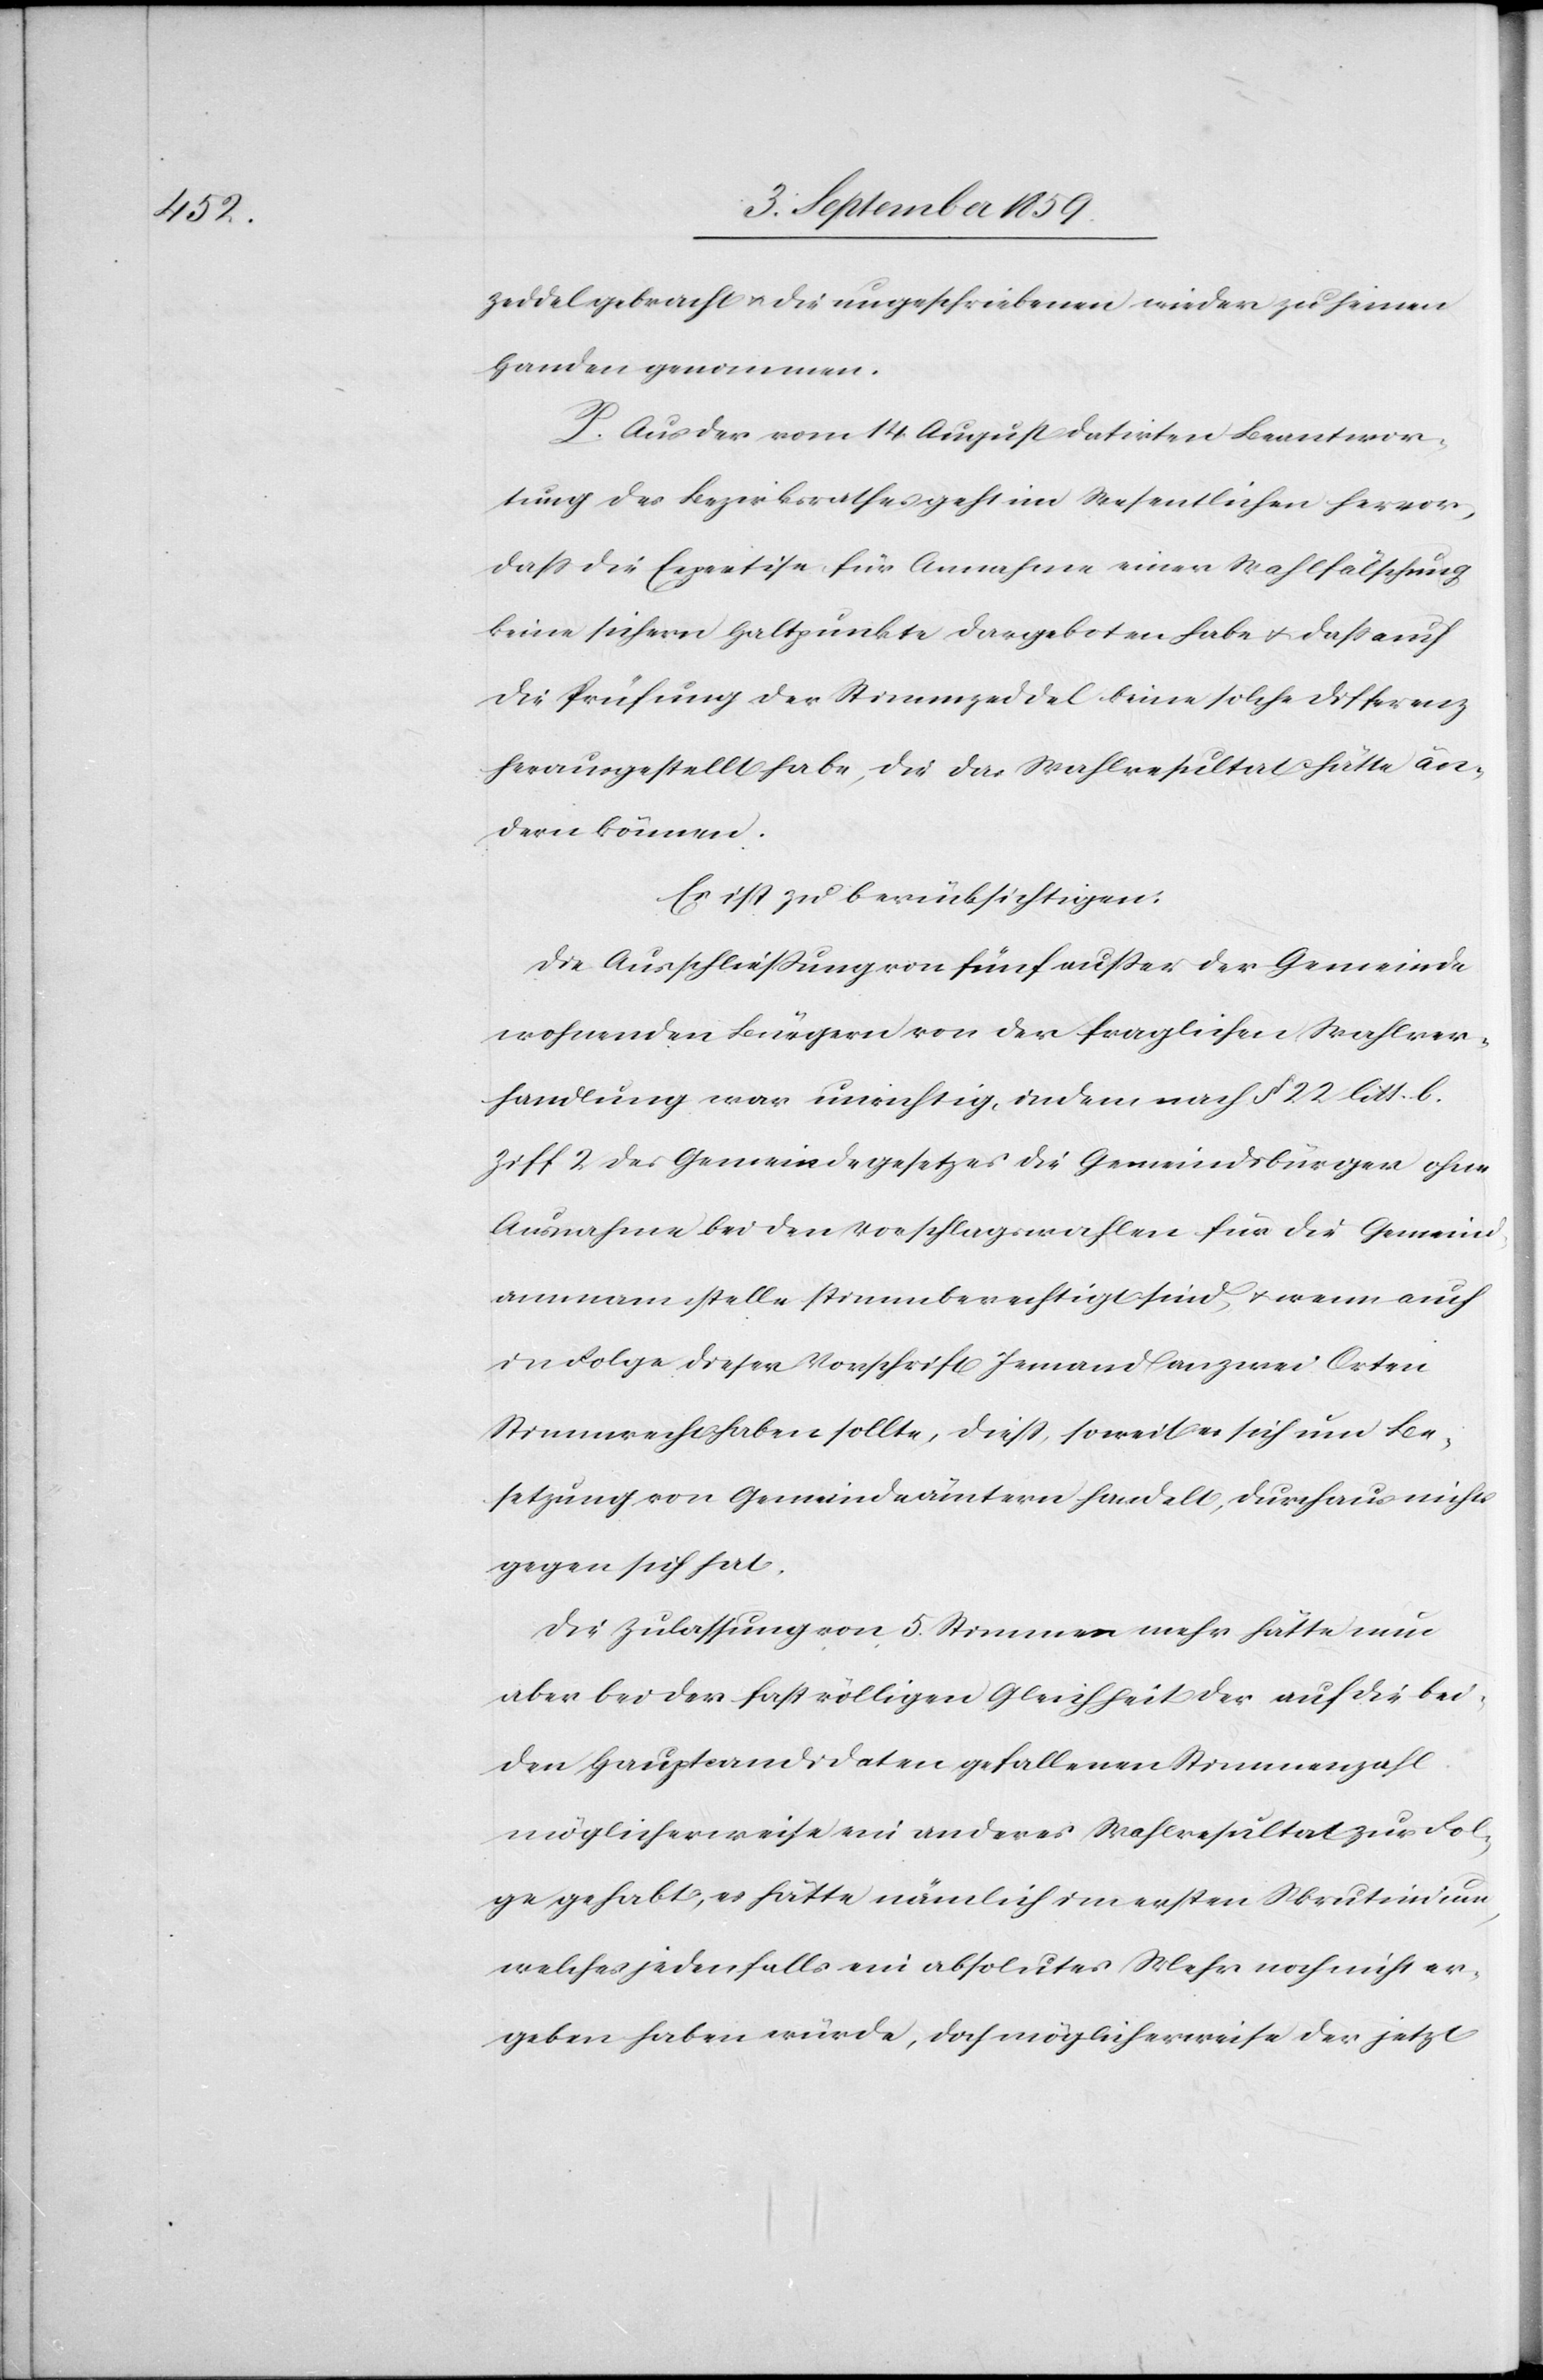
zeddel gebracht & die ungeschriebenen wieder zu seinen
Handen genommen.
P. Aus der vom 14. August datirten Beantwor¬
tung des Bezirksrathes geht im Wesentlichen hervor,
daß die Expertise für Annahme einer Wahlfälschung
keine sichern Haltpunkte dargeboten habe & daß auch
die Prüfung der Stimmzeddel keine solche Differenz
herausgestellt habe, die das Wahlresultat hätte än¬
dern können.
Es ist zu berücksichtigen:
Die Ausschließung von fünf außer der Gemeinde
wohnenden Bürgern von der fraglichen Wahlver¬
handlung war unrichtig, indem nach § 22 litt. b.
Ziff. 2 des Gemeindegesetzes die Gemeindsbürger ohne
Ausnahme bei den Vorschlagswahlen für die Gemeind¬
ammannstelle stimmberechtigt sind, & wenn auch
in Folge dieser Vorschrift Jemand an zwei Orten
Stimmrecht haben sollte, dieß, soweit es sich um Be¬
setzung von Gemeindeämtern handelt, durchaus nicht
gegen sich hat.
Die Zulassung von 5 Stimmen mehr hätte nun
aber bei der fast völligen Gleichheit auf die bei¬
den Hauptcandidaten gefallenen Stimmenzahl
möglicherweise ein anderes Wahlresultat zur Fol¬
ge gehabt, es hätte nämlich im ersten Skrutinium,
welches jedenfalls ein absolutes Mehr noch nicht er¬
geben haben würde, doch möglicherweise der jetzt